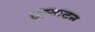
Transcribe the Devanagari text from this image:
उत्वादन